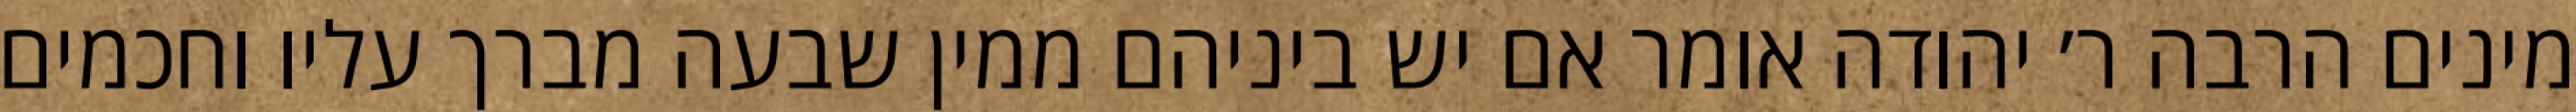
מינים הרבה ר׳ יהודה אומר אם יש ביניהם ממין שבעה מברך עליו וחכמים